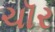
ચૉર